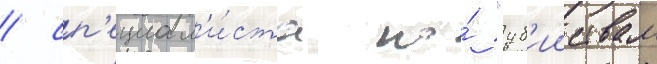
/ сп'ециал'и́ста по́ "уб'ииствам